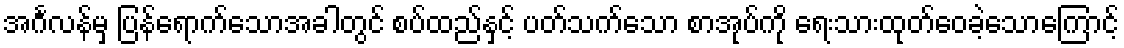
အင်္ဂလန်မှ ပြန်ရောက်သောအခါတွင် စပ်ထည်နှင့် ပတ်သက်သော စာအုပ်ကို ရေးသားထုတ်ဝေခဲ့သောကြောင့်